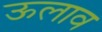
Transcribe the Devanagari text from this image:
ऊलाव